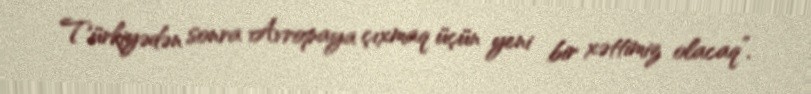
Türkiyədən sonra Avropaya çıxmaq üçün yeni bir xəttimiz olacaq”.